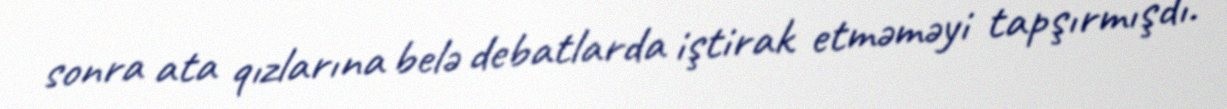
sonra ata qızlarına belə debatlarda iştirak etməməyi tapşırmışdı.